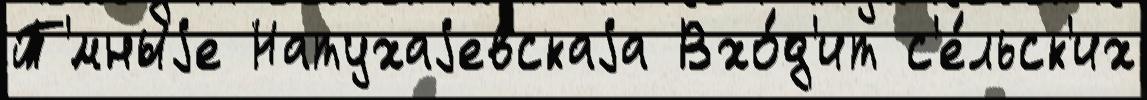
Т'́мныjе Натухаjевскаjа Вхо́д'ит с'е́льск'их